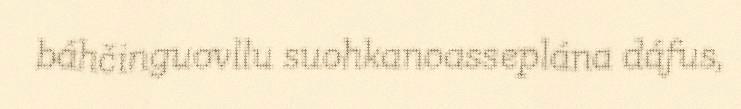
báhčinguovllu suohkanoasseplána dáfus,